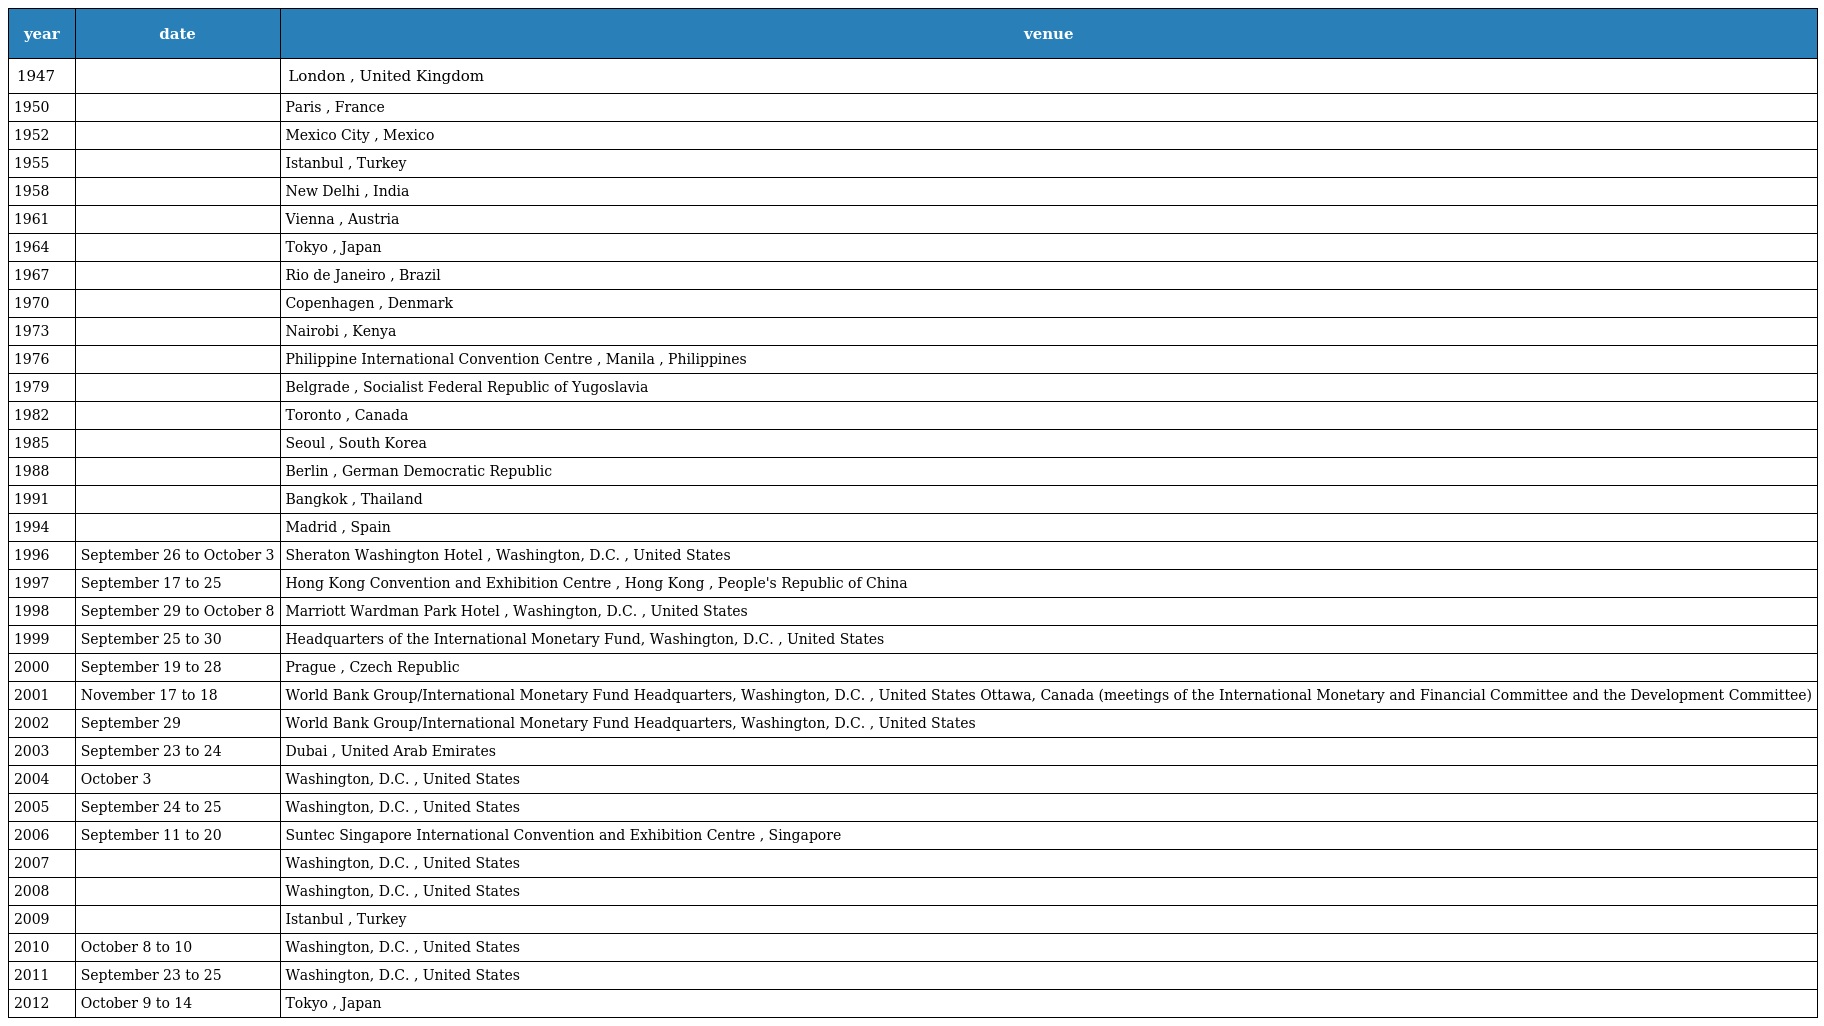
| year | date | venue |
 | --- | --- | --- |
 | 1947 |  | London , United Kingdom |
 | 1950 |  | Paris , France |
 | 1952 |  | Mexico City , Mexico |
 | 1955 |  | Istanbul , Turkey |
 | 1958 |  | New Delhi , India |
 | 1961 |  | Vienna , Austria |
 | 1964 |  | Tokyo , Japan |
 | 1967 |  | Rio de Janeiro , Brazil |
 | 1970 |  | Copenhagen , Denmark |
 | 1973 |  | Nairobi , Kenya |
 | 1976 |  | Philippine International Convention Centre , Manila , Philippines |
 | 1979 |  | Belgrade , Socialist Federal Republic of Yugoslavia |
 | 1982 |  | Toronto , Canada |
 | 1985 |  | Seoul , South Korea |
 | 1988 |  | Berlin , German Democratic Republic |
 | 1991 |  | Bangkok , Thailand |
 | 1994 |  | Madrid , Spain |
 | 1996 | September 26 to October 3 | Sheraton Washington Hotel , Washington, D.C. , United States |
 | 1997 | September 17 to 25 | Hong Kong Convention and Exhibition Centre , Hong Kong , People's Republic of China |
 | 1998 | September 29 to October 8 | Marriott Wardman Park Hotel , Washington, D.C. , United States |
 | 1999 | September 25 to 30 | Headquarters of the International Monetary Fund, Washington, D.C. , United States |
 | 2000 | September 19 to 28 | Prague , Czech Republic |
 | 2001 | November 17 to 18 | World Bank Group/International Monetary Fund Headquarters, Washington, D.C. , United States Ottawa, Canada (meetings of the International Monetary and Financial Committee and the Development Committee) |
 | 2002 | September 29 | World Bank Group/International Monetary Fund Headquarters, Washington, D.C. , United States |
 | 2003 | September 23 to 24 | Dubai , United Arab Emirates |
 | 2004 | October 3 | Washington, D.C. , United States |
 | 2005 | September 24 to 25 | Washington, D.C. , United States |
 | 2006 | September 11 to 20 | Suntec Singapore International Convention and Exhibition Centre , Singapore |
 | 2007 |  | Washington, D.C. , United States |
 | 2008 |  | Washington, D.C. , United States |
 | 2009 |  | Istanbul , Turkey |
 | 2010 | October 8 to 10 | Washington, D.C. , United States |
 | 2011 | September 23 to 25 | Washington, D.C. , United States |
 | 2012 | October 9 to 14 | Tokyo , Japan |